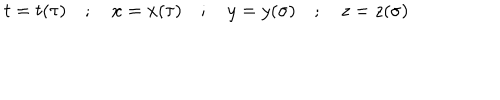
t = t ( \tau ) \quad ; \quad x = x ( \tau ) \quad ; \quad y = y ( \sigma ) \quad ; \quad z = z ( \sigma )